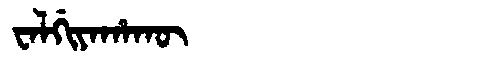
Manchu: ᠸᠠᠯᡤᡳᠶᠠᡥᠠᡴᡡ
Romanization: WALGIYAHAKŪ